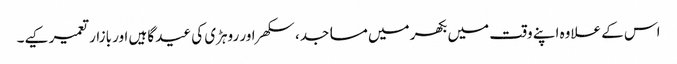
اس کے علاوہ اپنے وقت میں بکھر میں مساجد، سکھر اور روہڑی کی عید گاہیں اور بازار تعمیر کیے۔